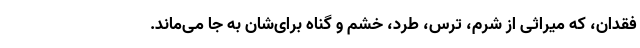
فقدان، که میراثی از شرم، ترس، طرد، خشم و گناه برای‌شان به جا می‌ماند.